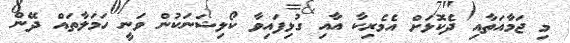
މި ޖަމާއަތާއި ދެކޮޅަށް އެމެރިކާ އާއި ގުޅިފައިވާ ކޯލިޝަނަކުން ވަނީ ހަމަލާތައް ދޭން